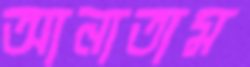
আনাতাম